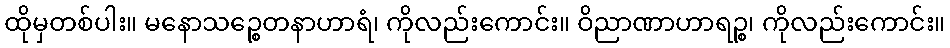
ထိုမှတစ်ပါး။ မနောသဉ္စေတနာဟာရံ၊ ကိုလည်းကောင်း။ ဝိညာဏာဟာရဉ္စ၊ ကိုလည်းကောင်း။